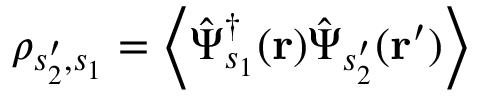
\rho _ { s _ { 2 } ^ { \prime } , s _ { 1 } } = \biggl \langle \hat { \Psi } _ { s _ { 1 } } ^ { \dagger } ( \mathbf { r } ) \hat { \Psi } _ { s _ { 2 } ^ { \prime } } ( \mathbf { r ^ { \prime } } ) \biggr \rangle